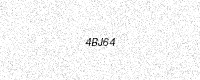
Text: 4BJ64